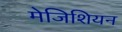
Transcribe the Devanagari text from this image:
मेजिशियन